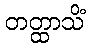
တတ္ထာသိံ